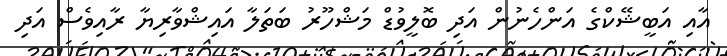
އާއި އަބީޝޭކްގެ އަންހެނުން އަދި ބޮލީވުޑް މަޝްހޫރު ބަތަލާ އައިޝްވާރިޔާ ރާއިވެސް އަދި